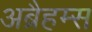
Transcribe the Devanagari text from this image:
अब्रैहम्स